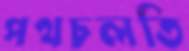
পথচলতি